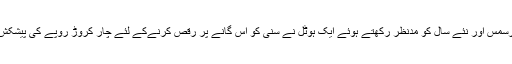
اس گانے کی ریلیز کے ساتھ ہی یہ باتیں ہو رہی ہے کہ کرسمس اور نئے سال کو مدنظر رکھتے ہوئے ایک ہوٹل نے سنی کو اس گانے پر رقص کرنےکے لئے چار کروڑ روپے کی پیشکش کی ہے لیکن سنی لیونی نے اس پیشکش کو ٹھکرا دیا ہے۔